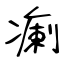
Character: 瘌